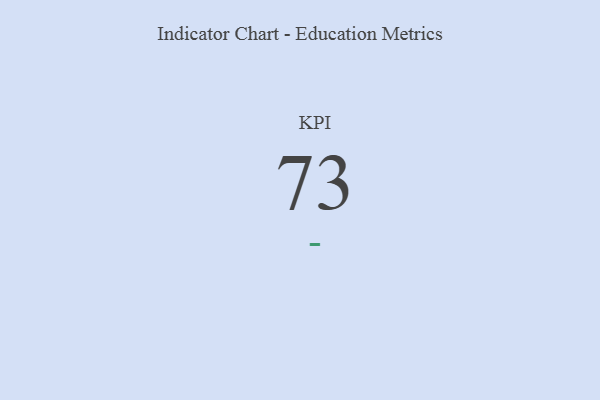
{"axis": {"x": "KPI", "y": "Value"}, "legend": [""], "data": [{"x": "KPI", "y": 73, "type": ""}]}